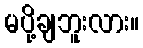
မပို့ချဘူးလား။